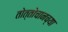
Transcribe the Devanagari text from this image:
तोत्तोचानच्या